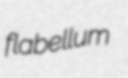
flabellum